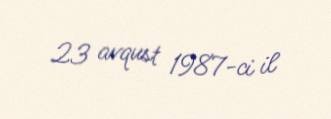
23 avqust 1987-ci il